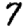
Digit: 7